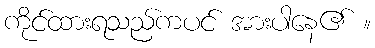
ကိုင်ထားရသည်ကပင် အားပါနေ၏ ။